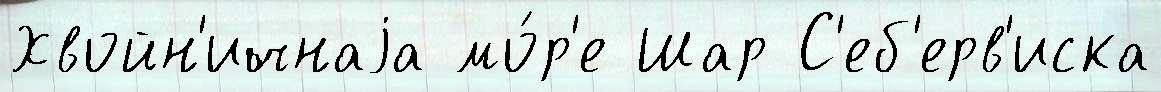
Хвойн'ичнаjа мо́р'е Шар С'еб'ерв'иска